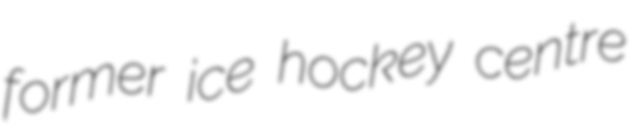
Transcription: former ice hockey centre